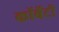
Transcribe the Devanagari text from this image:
कॉर्बेटी